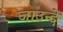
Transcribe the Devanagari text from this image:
जाउन्दे